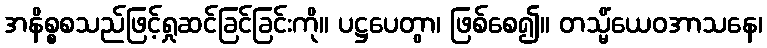
အနိစ္စစသည်ဖြင့်ရှုဆင်ခြင်ခြင်းကို။ ပဋ္ဌပေတွာ၊ ဖြစ်စေ၍။ တသ္မိံယေဝအာသနေ၊